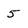
Character: 5